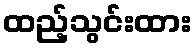
ထည့်သွင်းထား